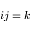
i j = k